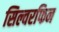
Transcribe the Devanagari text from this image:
सिल्वरफिन